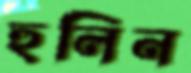
হুলিন